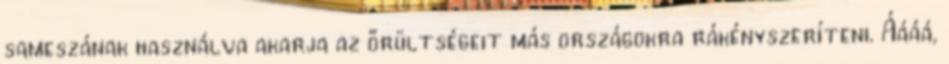
sameszának használva akarja az őrültségeit más országokra rákényszeríteni. Áááá,